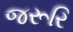
જરૂરિ